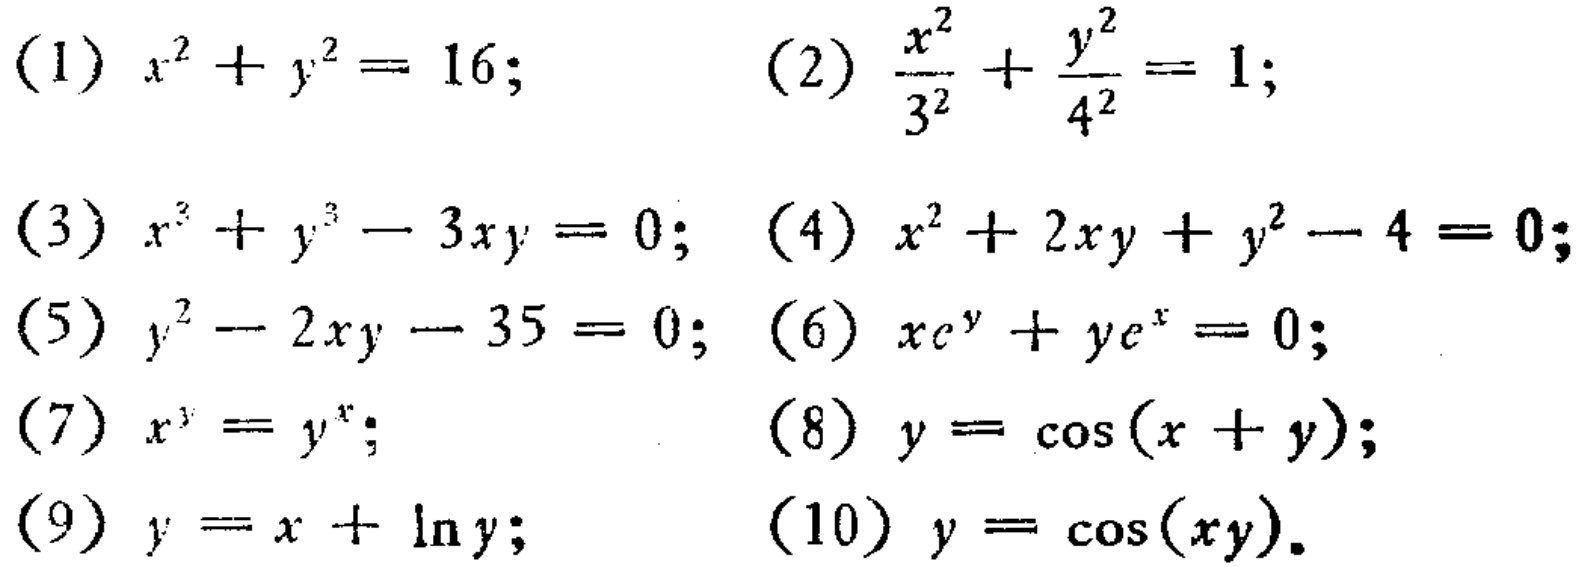
(1) \(x^{2}+y^{2}=16\);
(2) \(\frac{x^{2}}{3^{2}}+\frac{y^{2}}{4^{2}} = 1\);
(3) \(x^{3}+y^{3}-3xy = 0\);
(4) \(x^{2}+2xy + y^{2}-4 = 0\);
(5) \(y^{2}-2xy-35 = 0\);
(6) \(xe^{y}+ye^{x}=0\);
(7) \(x^{y}=y^{x}\);
(8) \(y=\cos(x + y)\);
(9) \(y=x+\ln y\);
(10) \(y=\cos(xy)\).